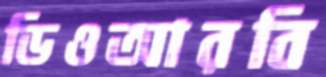
ডিওআরবি